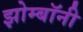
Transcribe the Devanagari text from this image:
झोम्बॉनी